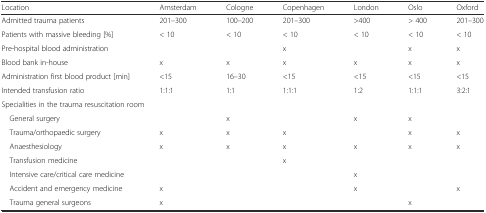
<table><thead><tr><td><b>Location</b></td><td><b>Amsterdam</b></td><td><b>Cologne</b></td><td><b>Copenhagen</b></td><td><b>London</b></td><td><b>Oslo</b></td><td><b>Oxford</b></td></tr></thead><tbody><tr><td>Admitted trauma patients</td><td>201–300</td><td>100–200</td><td>201–300</td><td>&gt;400</td><td>&gt; 400</td><td>201–300</td></tr><tr><td>Patients with massive bleeding [%]</td><td>&lt; 10</td><td>&lt; 10</td><td>&lt; 10</td><td>&lt; 10</td><td>&lt; 10</td><td>&lt; 10</td></tr><tr><td>Pre-hospital blood administration</td><td></td><td></td><td>x</td><td></td><td>x</td><td>x</td></tr><tr><td>Blood bank in-house</td><td>x</td><td>x</td><td>x</td><td>x</td><td>x</td><td>x</td></tr><tr><td>Administration first blood product [min]</td><td>&lt;15</td><td>16–30</td><td>&lt;15</td><td>&lt;15</td><td>&lt;15</td><td>&lt;15</td></tr><tr><td>Intended transfusion ratio</td><td>1:1:1</td><td>1:1</td><td>1:1:1</td><td>1:2</td><td>1:1:1</td><td>3:2:1</td></tr><tr><td colspan="7">Specialities in the trauma resuscitation room</td></tr><tr><td> General surgery</td><td></td><td>x</td><td></td><td>x</td><td>x</td><td></td></tr><tr><td> Trauma/orthopaedic surgery</td><td>x</td><td>x</td><td>x</td><td></td><td>x</td><td>x</td></tr><tr><td> Anaesthesiology</td><td>x</td><td>x</td><td>x</td><td>x</td><td>x</td><td>x</td></tr><tr><td> Transfusion medicine</td><td></td><td></td><td>x</td><td></td><td></td><td></td></tr><tr><td> Intensive care/critical care medicine</td><td></td><td></td><td></td><td>x</td><td></td><td></td></tr><tr><td> Accident and emergency medicine</td><td>x</td><td></td><td></td><td>x</td><td></td><td>x</td></tr><tr><td> Trauma general surgeons</td><td>x</td><td></td><td></td><td></td><td>x</td><td></td></tr></tbody></table>